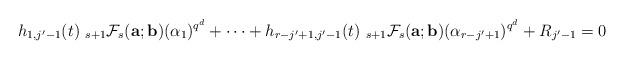
LaTeX: \begin{align*}h_{1,j'-1}(t)~_{s+1}\mathcal{F}_{s}({\bf a}; {\bf b})(\alpha_1)^{q^d}+\cdots+h_{r-j'+1,j'-1}(t)~_{s+1}\mathcal{F}_{s}({\bf a}; {\bf b})(\alpha_{r-j'+1})^{q^d}+R_{j'-1}=0\end{align*}